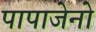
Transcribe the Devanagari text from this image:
पापाजेनो